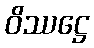
ဝိဿဋ္ဌေ